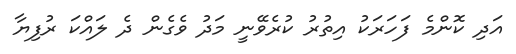
އަދި ކޮންމެ ފަހަރަކު އިތުރު ކުރެވޭނީ މަދު ވެގެން ދެ ލައްކަ ރުފިޔާ